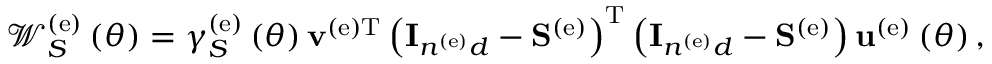
\begin{array} { r } { { \mathscr W } _ { S } ^ { \left( \mathrm { e } \right) } \left( \theta \right) = \gamma _ { S } ^ { \left( \mathrm { e } \right) } \left( \theta \right) { \bf v } ^ { \left( \mathrm { e } \right) \mathrm { T } } \left( { \bf I } _ { n ^ { \left( \mathrm { e } \right) } d } - { \bf S } ^ { \left( \mathrm { e } \right) } \right) ^ { \mathrm { T } } \left( { \bf I } _ { n ^ { \left( \mathrm { e } \right) } d } - { \bf S } ^ { \left( \mathrm { e } \right) } \right) { \bf u } ^ { \left( \mathrm { e } \right) } \left( \theta \right) , } \end{array}